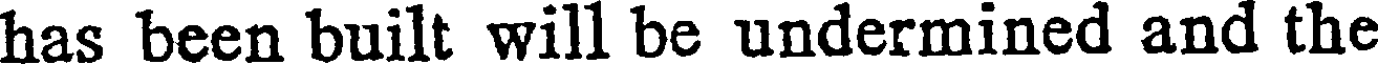
has been built will be undermined and the